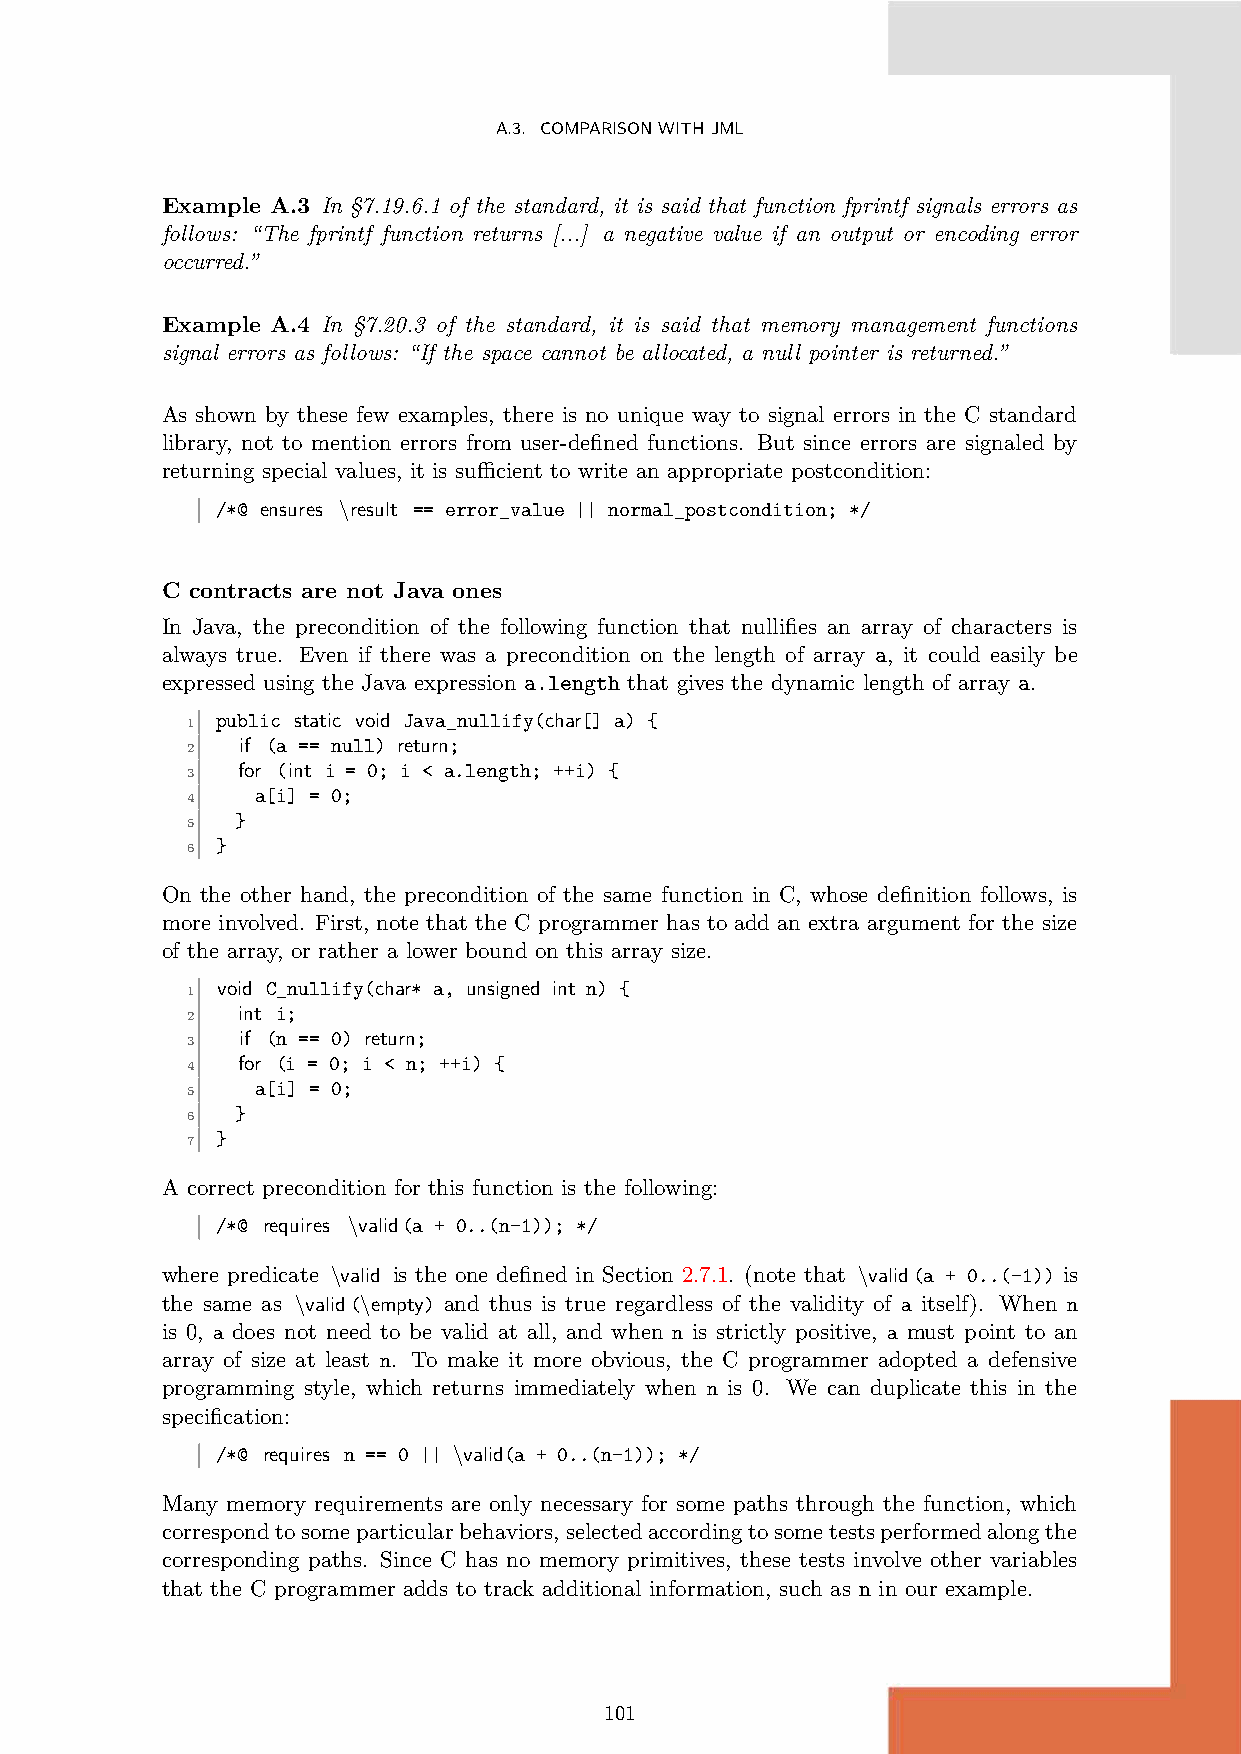
A.3. COMPARISONWITHJML
 Example A.3 In §7.19.6.1 of the standard, it is said that function fprintf signals errors as
 follows: “The fprintf function returns [...] a negative value if an output or encoding error
 occurred.”
 Example A.4 In §7.20.3 of the standard, it is said that memory management functions
 signal errors as follows: “If the space cannot be allocated, a null pointer is returned.”
 As shown by these few examples, there is no unique way to signal errors in the C standard
 library, not to mention errors from user-defined functions. But since errors are signaled by
 returning special values, it is sufficient to write an appropriate postcondition:
 /*@ ensures \result == error_value || normal_postcondition; */
 C contracts are not Java ones
 In Java, the precondition of the following function that nullifies an array of characters is
 always true. Even if there was a precondition on the length of array a, it could easily be
 expressed using the Java expression a.length that gives the dynamic length of array a.
 public static void Java_nullify(char[] a) {
 1
 if (a == null) return;
 2
 for (int i = 0; i < a.length; ++i) {
 3
 a[i] = 0;
 4
 }
 5
 }
 6
 On the other hand, the precondition of the same function in C, whose definition follows, is
 more involved. First, note that the C programmer has to add an extra argument for the size
 of the array, or rather a lower bound on this array size.
 void C_nullify(char* a, unsigned int n) {
 1
 int i;
 2
 if (n == 0) return;
 3
 for (i = 0; i < n; ++i) {
 4
 a[i] = 0;
 5
 }
 6
 }
 7
 A correct precondition for this function is the following:
 /*@ requires \valid(a + 0..(n-1)); */
 where predicate \valid is the one defined in Section 2.7.1. (note that \valid(a + 0..(-1)) is
 the same as \valid(\empty) and thus is true regardless of the validity of a itself). When n
 is 0, a does not need to be valid at all, and when n is strictly positive, a must point to an
 array of size at least n. To make it more obvious, the C programmer adopted a defensive
 programming style, which returns immediately when n is 0. We can duplicate this in the
 specification:
 /*@ requires n == 0 || \valid(a + 0..(n-1)); */
 Many memory requirements are only necessary for some paths through the function, which
 correspondtosomeparticularbehaviors,selectedaccordingtosometestsperformedalongthe
 corresponding paths. Since C has no memory primitives, these tests involve other variables
 that the C programmer adds to track additional information, such as n in our example.
 101